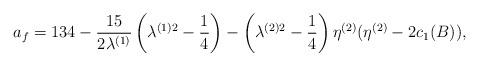
LaTeX: \begin{align*}a_{f}= 134-\frac{15}{2\lambda^{(1)}}\left(\lambda^{(1)2}-\frac{1}{4}\right)-\left(\lambda^{(2)2}-\frac{1}{4}\right)\eta^{(2)}(\eta^{(2)}-2c_{1}(B)),\end{align*}